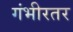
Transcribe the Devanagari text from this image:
गंभीरतर